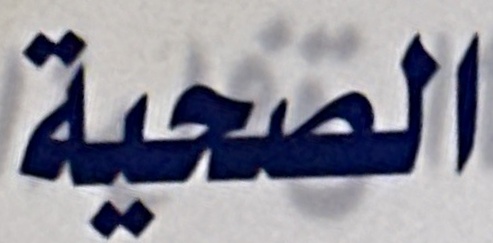
الصحية